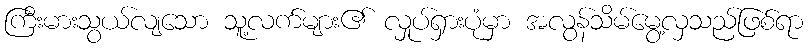
ကြီးမားသွယ်လျသော သူ့လက်များ၏ လှုပ်ရှားပုံမှာ အလွန်သိမ်မွေ့လှသည်ဖြစ်ရာ